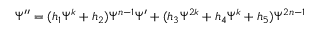
\Psi ^ { \prime \prime } = ( h _ { 1 } \Psi ^ { k } + h _ { 2 } ) \Psi ^ { n - 1 } \Psi ^ { \prime } + ( h _ { 3 } \Psi ^ { 2 k } + h _ { 4 } \Psi ^ { k } + h _ { 5 } ) \Psi ^ { 2 n - 1 }